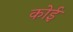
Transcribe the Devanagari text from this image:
कोई